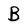
Character: B